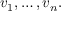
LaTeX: v _ { 1 } , \ldots , v _ { n } .